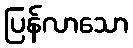
ပြန်လာသော